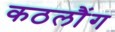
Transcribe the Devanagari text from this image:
कठलौंग